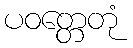
ပဝတ္တေတုံ